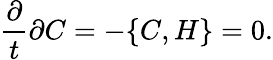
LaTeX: \frac{\partial}{t}{\partial C}=-\{ C,H\} =0.